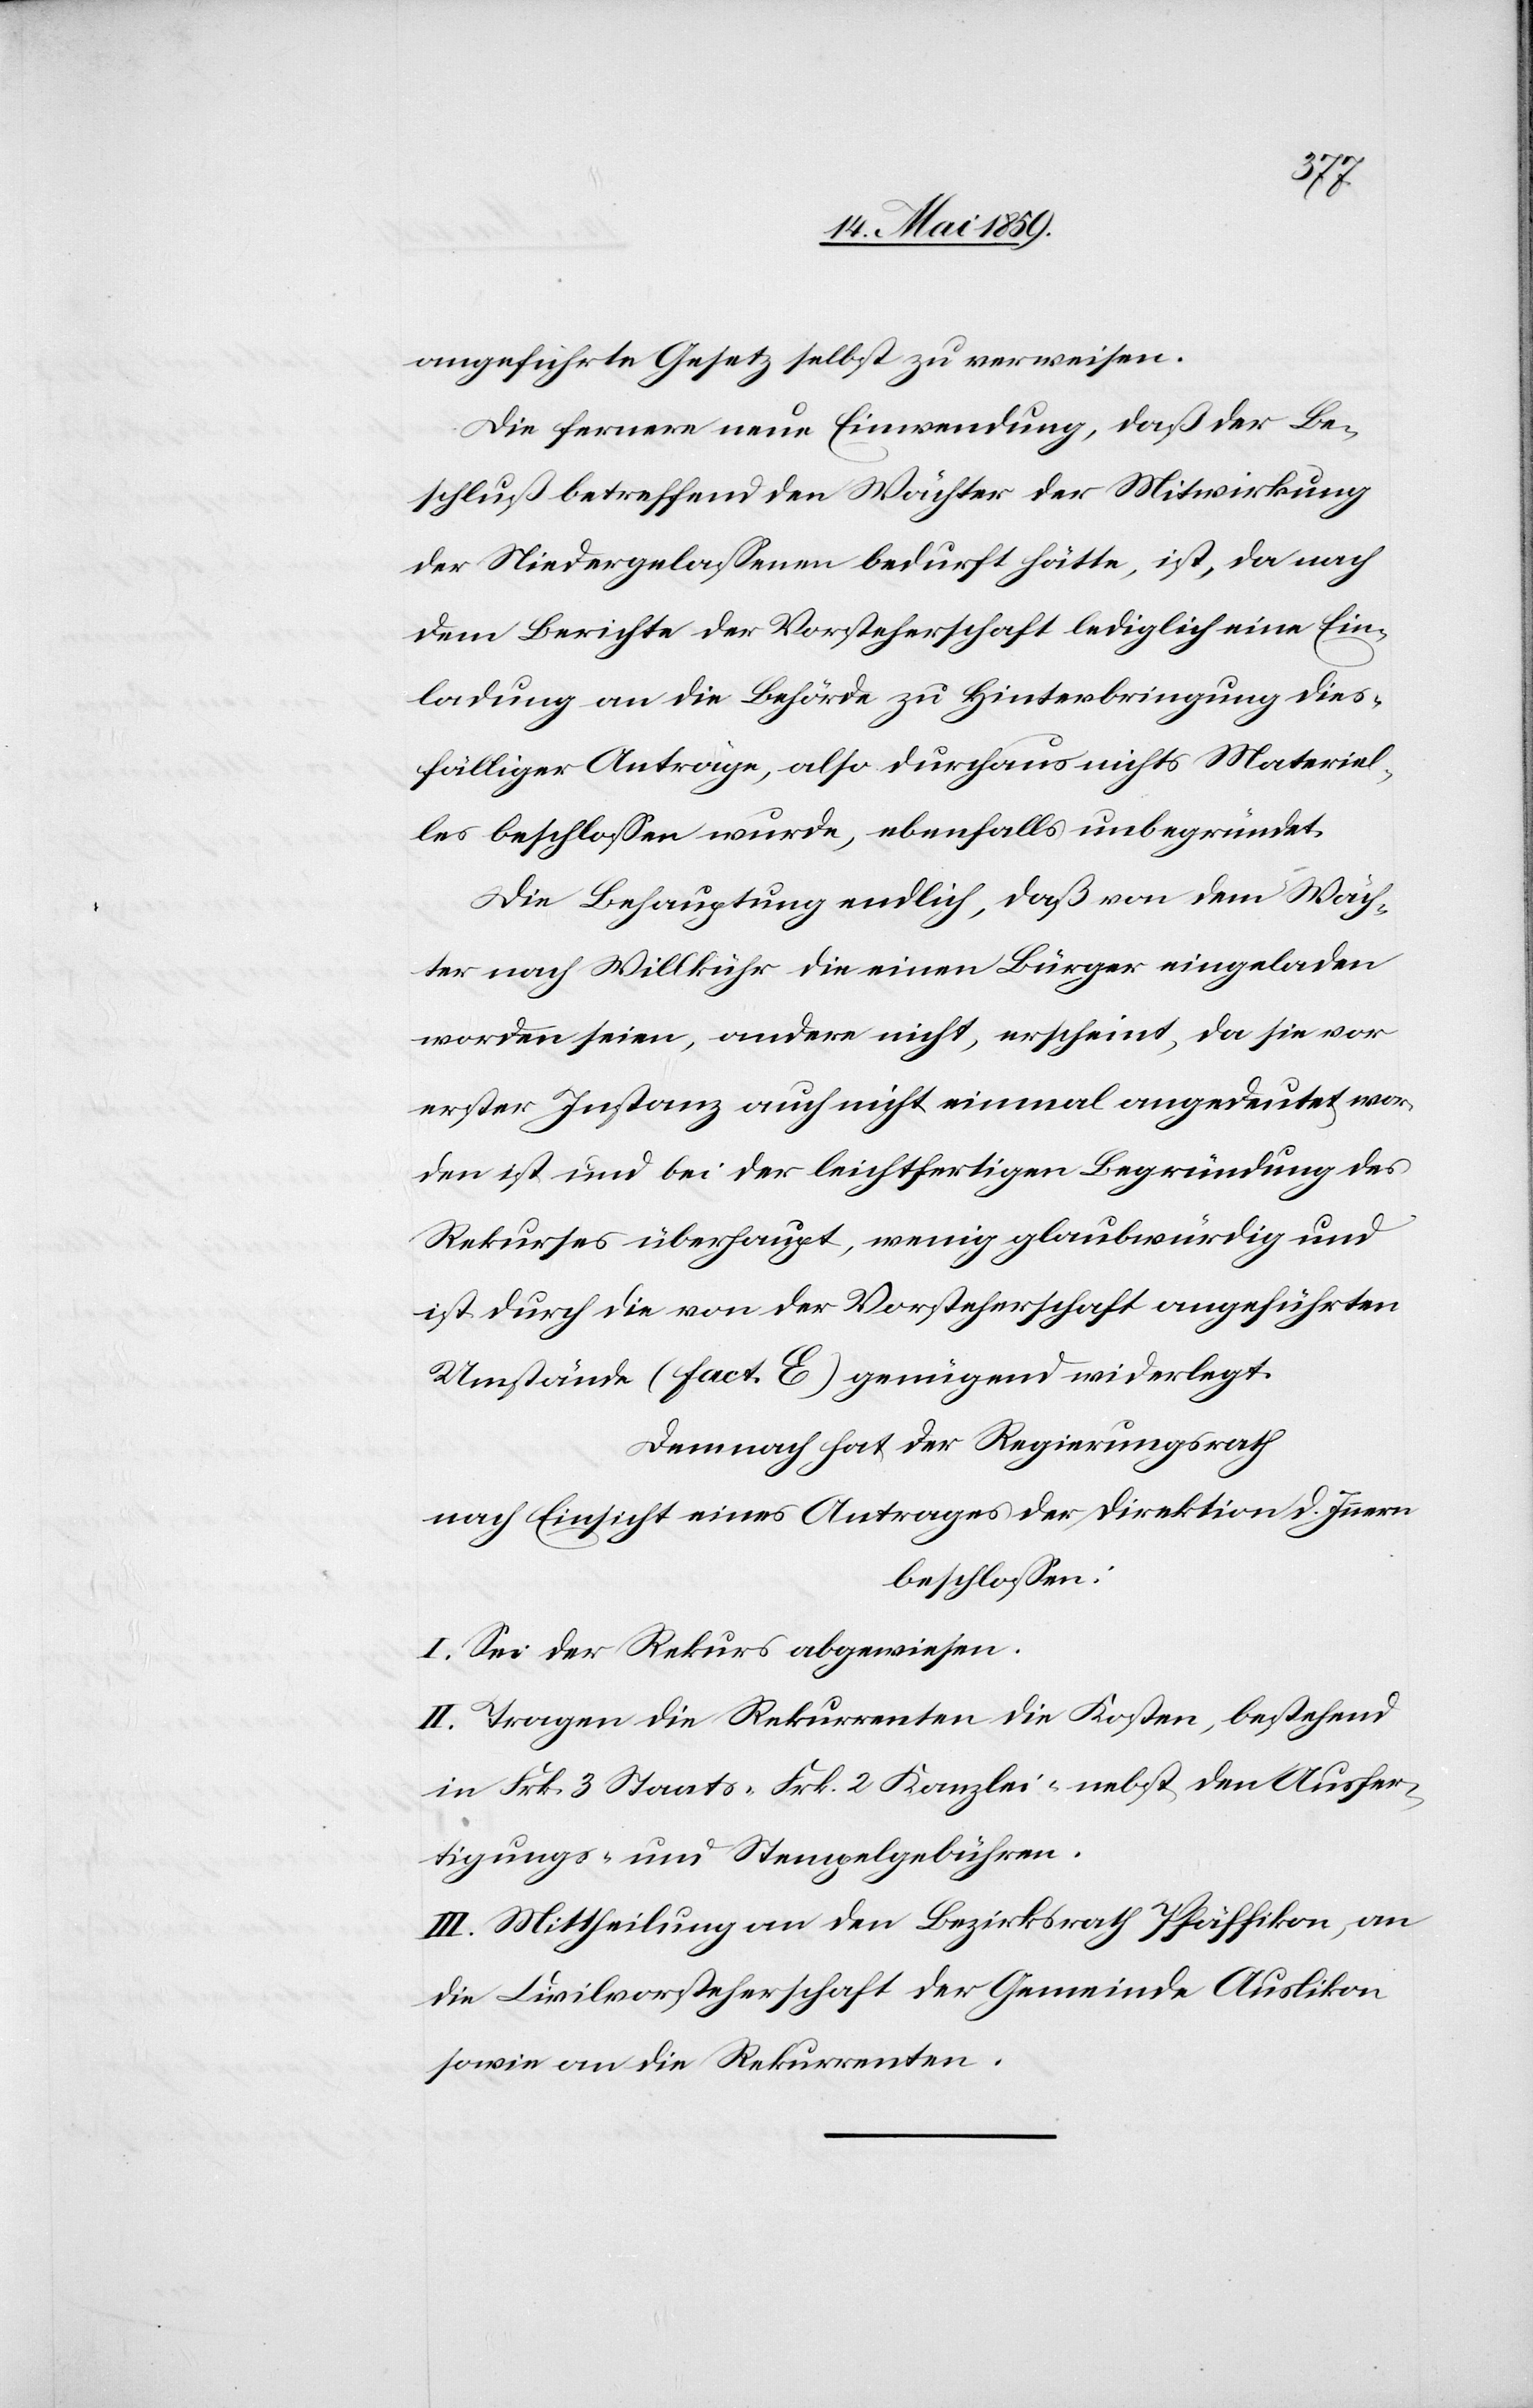
angeführte Gesetz selbst zu verweisen.
Die fernere neue Einwendung, daß der Be¬
schluß betreffend den Wächter der Mitwirkung
der Niedergelaßenen bedurft hätte, ist, da nach
dem Berichte der Vorsteherschaft lediglich eine Ein¬
ladung an die Behörde zu Hinterbringung dies¬
fälliger Anträge, also durchaus nichts Materiel¬
les beschloßen wurde, ebenfalls unbegründet.
Die Behauptung endlich, daß von dem Wäch¬
ter nach Willkühr die einen Bürger eingeladen
worden seien, andere nicht, erscheint, da sie vor
erster Instanz auch nicht einmal angedeutet wor¬
den ist und bei der leichtfertigen Begründung des
Rekurses überhaupt, wenig glaubwürdig und
ist durch die von der Vorsteherschaft angeführten
Umstände (fact. E) genügend widerlegt.
Demnach hat der Regierungsrath
nach Einsicht eines Antrages der Direktion d. Innern
beschloßen:
I. Sei der Rekurs abgewiesen.
II. Tragen die Rekurrenten die Kosten, bestehend
in Frk. 3 Staats-[,] Frk. 2 Kanzlei nebst den Ausfer¬
tigungs- und Stempelgebühren.
III. Mittheilung an den Bezirksrath Pfäffikon, an
die Civilvorsteherschaft der Gemeinde Auslikon
sowie an die Rekurrenten.